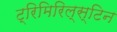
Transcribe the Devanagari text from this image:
ट्रिमिरिल्स्टिन